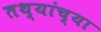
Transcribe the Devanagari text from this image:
तथ्‍यांच्‍या